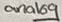
Text: analog